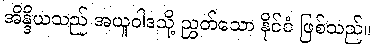
အိန္ဒိယသည် အယူဝါဒသို့ ညွှတ်သော နိုင်ငံ ဖြစ်သည်။